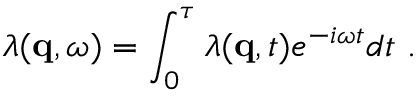
\lambda ( \mathbf { q } , \omega ) = \int _ { 0 } ^ { \tau } \lambda ( \mathbf { q } , t ) e ^ { - i \omega t } d t \ .